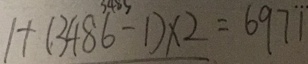
1 + ( 3 4 8 6 - 1 ) \times 2 = 6 9 7 \ddot { 1 }